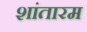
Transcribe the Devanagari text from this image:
शांतारम